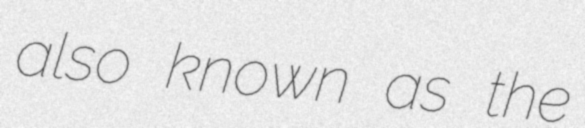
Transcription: also known as the